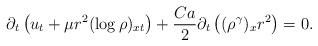
LaTeX: \begin{align*}\partial_t\left(u_t+\mu r^2(\log\rho)_{xt}\right)+\frac{Ca}{2}\partial_t\left((\rho^\gamma)_xr^2\right)=0.\end{align*}